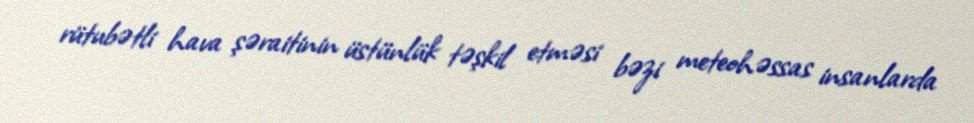
rütubətli hava şəraitinin üstünlük təşkil etməsi bəzi meteohəssas insanlarda